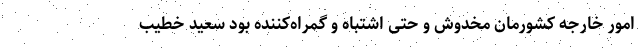
امور خارجه کشورمان مخدوش و حتی اشتباه و گمراه‌کننده بود سعید خطیب